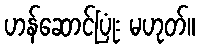
ဟန်ဆောင်ပြုံး မဟုတ်။